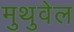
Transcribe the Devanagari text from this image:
मुथुवेल